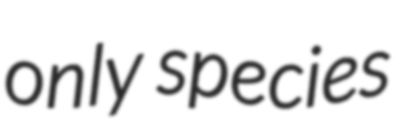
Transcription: only species